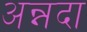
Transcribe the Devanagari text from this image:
अन्नदा